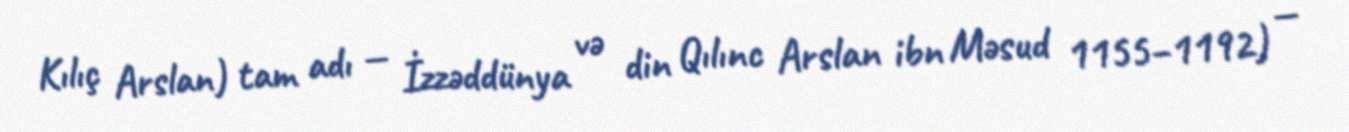
Kılıç Arslan) tam adı — İzzəddünya və din Qılınc Arslan ibn Məsud 1155–1192) —